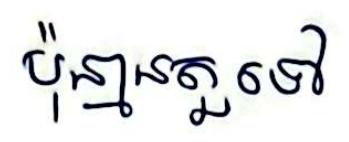
ប៉ុន្មានតួទៅ